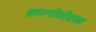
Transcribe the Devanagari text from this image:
क्रस्नोवोदक